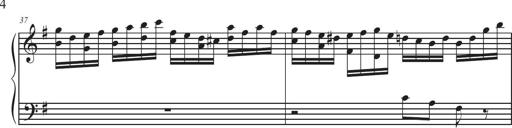
Title: Sonatina Espania
Composer: Jerald Franklin Archer
Key: Various